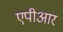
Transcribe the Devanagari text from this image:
एपीआर